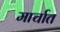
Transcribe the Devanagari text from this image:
मार्चात